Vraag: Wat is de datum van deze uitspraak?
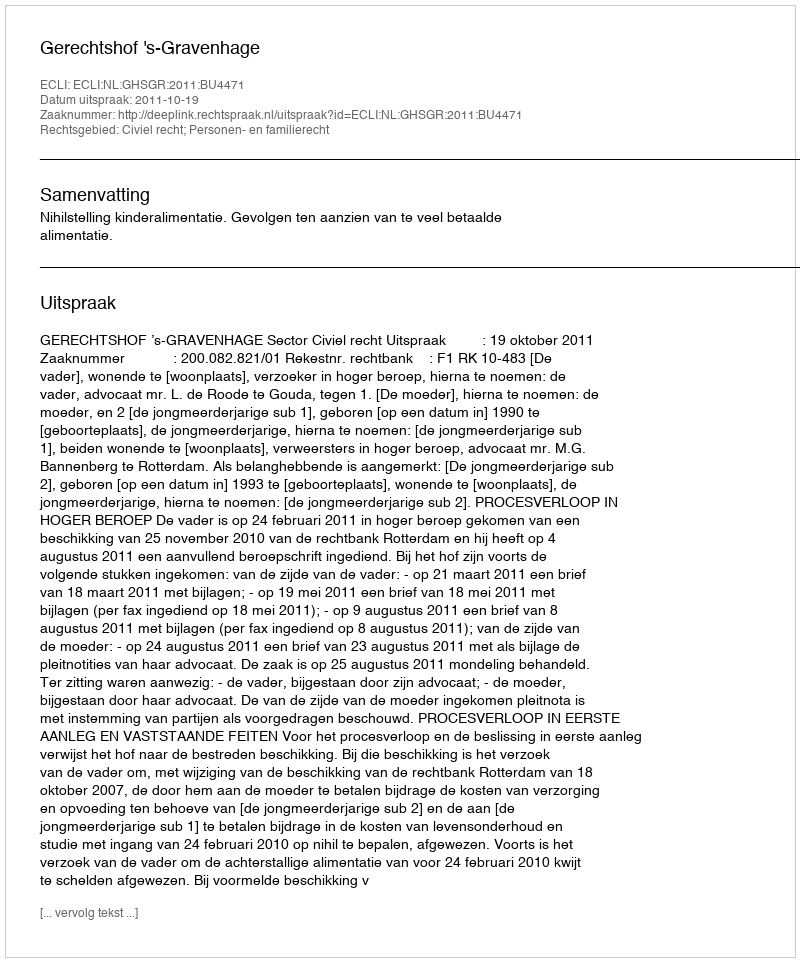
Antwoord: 2011-10-19